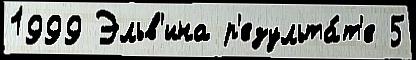
1999 Эльв'ина р'езульта́т'е 5